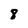
Character: 8